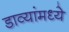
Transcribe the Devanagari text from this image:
डाव्यांमध्ये